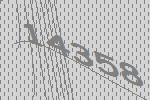
14358